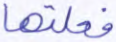
فعلتها